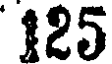
125